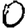
Digit: 0